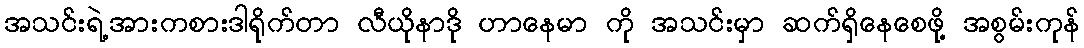
အသင်းရဲ့အားကစားဒါရိုက်တာ လီယိုနာဒို ဟာနေမာ ကို အသင်းမှာ ဆက်ရှိနေစေဖို့ အစွမ်းကုန်